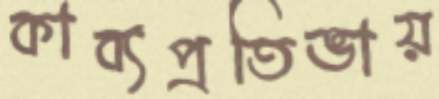
কাব্যপ্রতিভায়